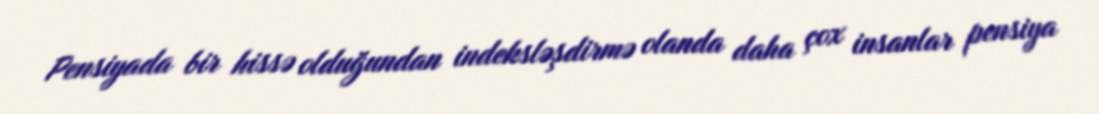
Pensiyada bir hissə olduğundan indeksləşdirmə olanda daha çox insanlar pensiya